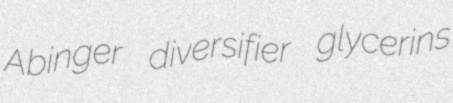
Abinger diversifier glycerins